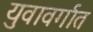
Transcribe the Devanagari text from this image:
युवावर्गात